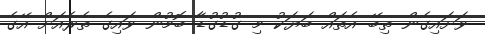
ވަށައިގެން ތިބޭ އެތައް ބަޔަކު މި ގުޑުގުޑާ ބޮމުން ވައިގެ ތެރެއަށް އޭގެ